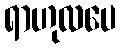
ရာဟုလပေ